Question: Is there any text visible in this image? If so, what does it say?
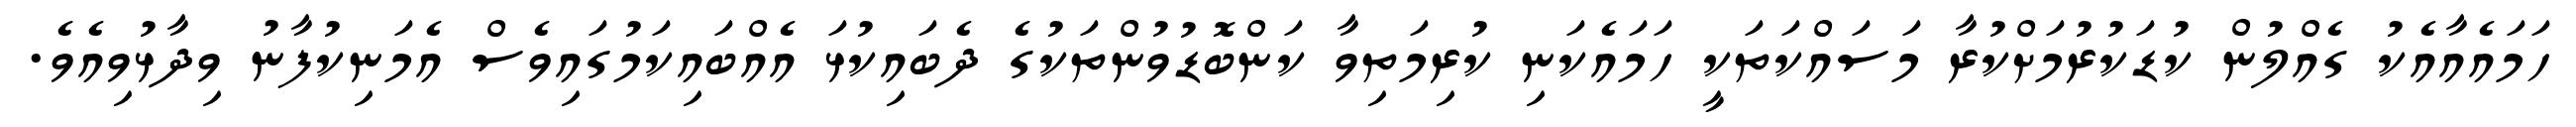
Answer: ހަމައެއާއެކު ގެއްލުން ކުޑަކުރުމަށްކުރާ މަސައްކަތަކީ ހަމައެކަނި ކުރިމަތިވާ ކަންބޮޑުވުންތަކުގެ ދެބައިކުޅަ އެއްބައިކަމުގައިވެސް އެމަނިކުފާނު ވިދާޅުވިއެވެ.